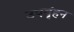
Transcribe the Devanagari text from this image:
उपबृंहन